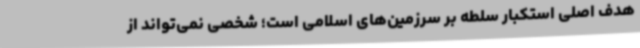
هدف اصلی استکبار سلطه بر سرزمین‌های اسلامی است؛ شخصی نمی‌تواند از